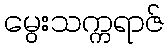
မွေးသက္ကရာဇ်